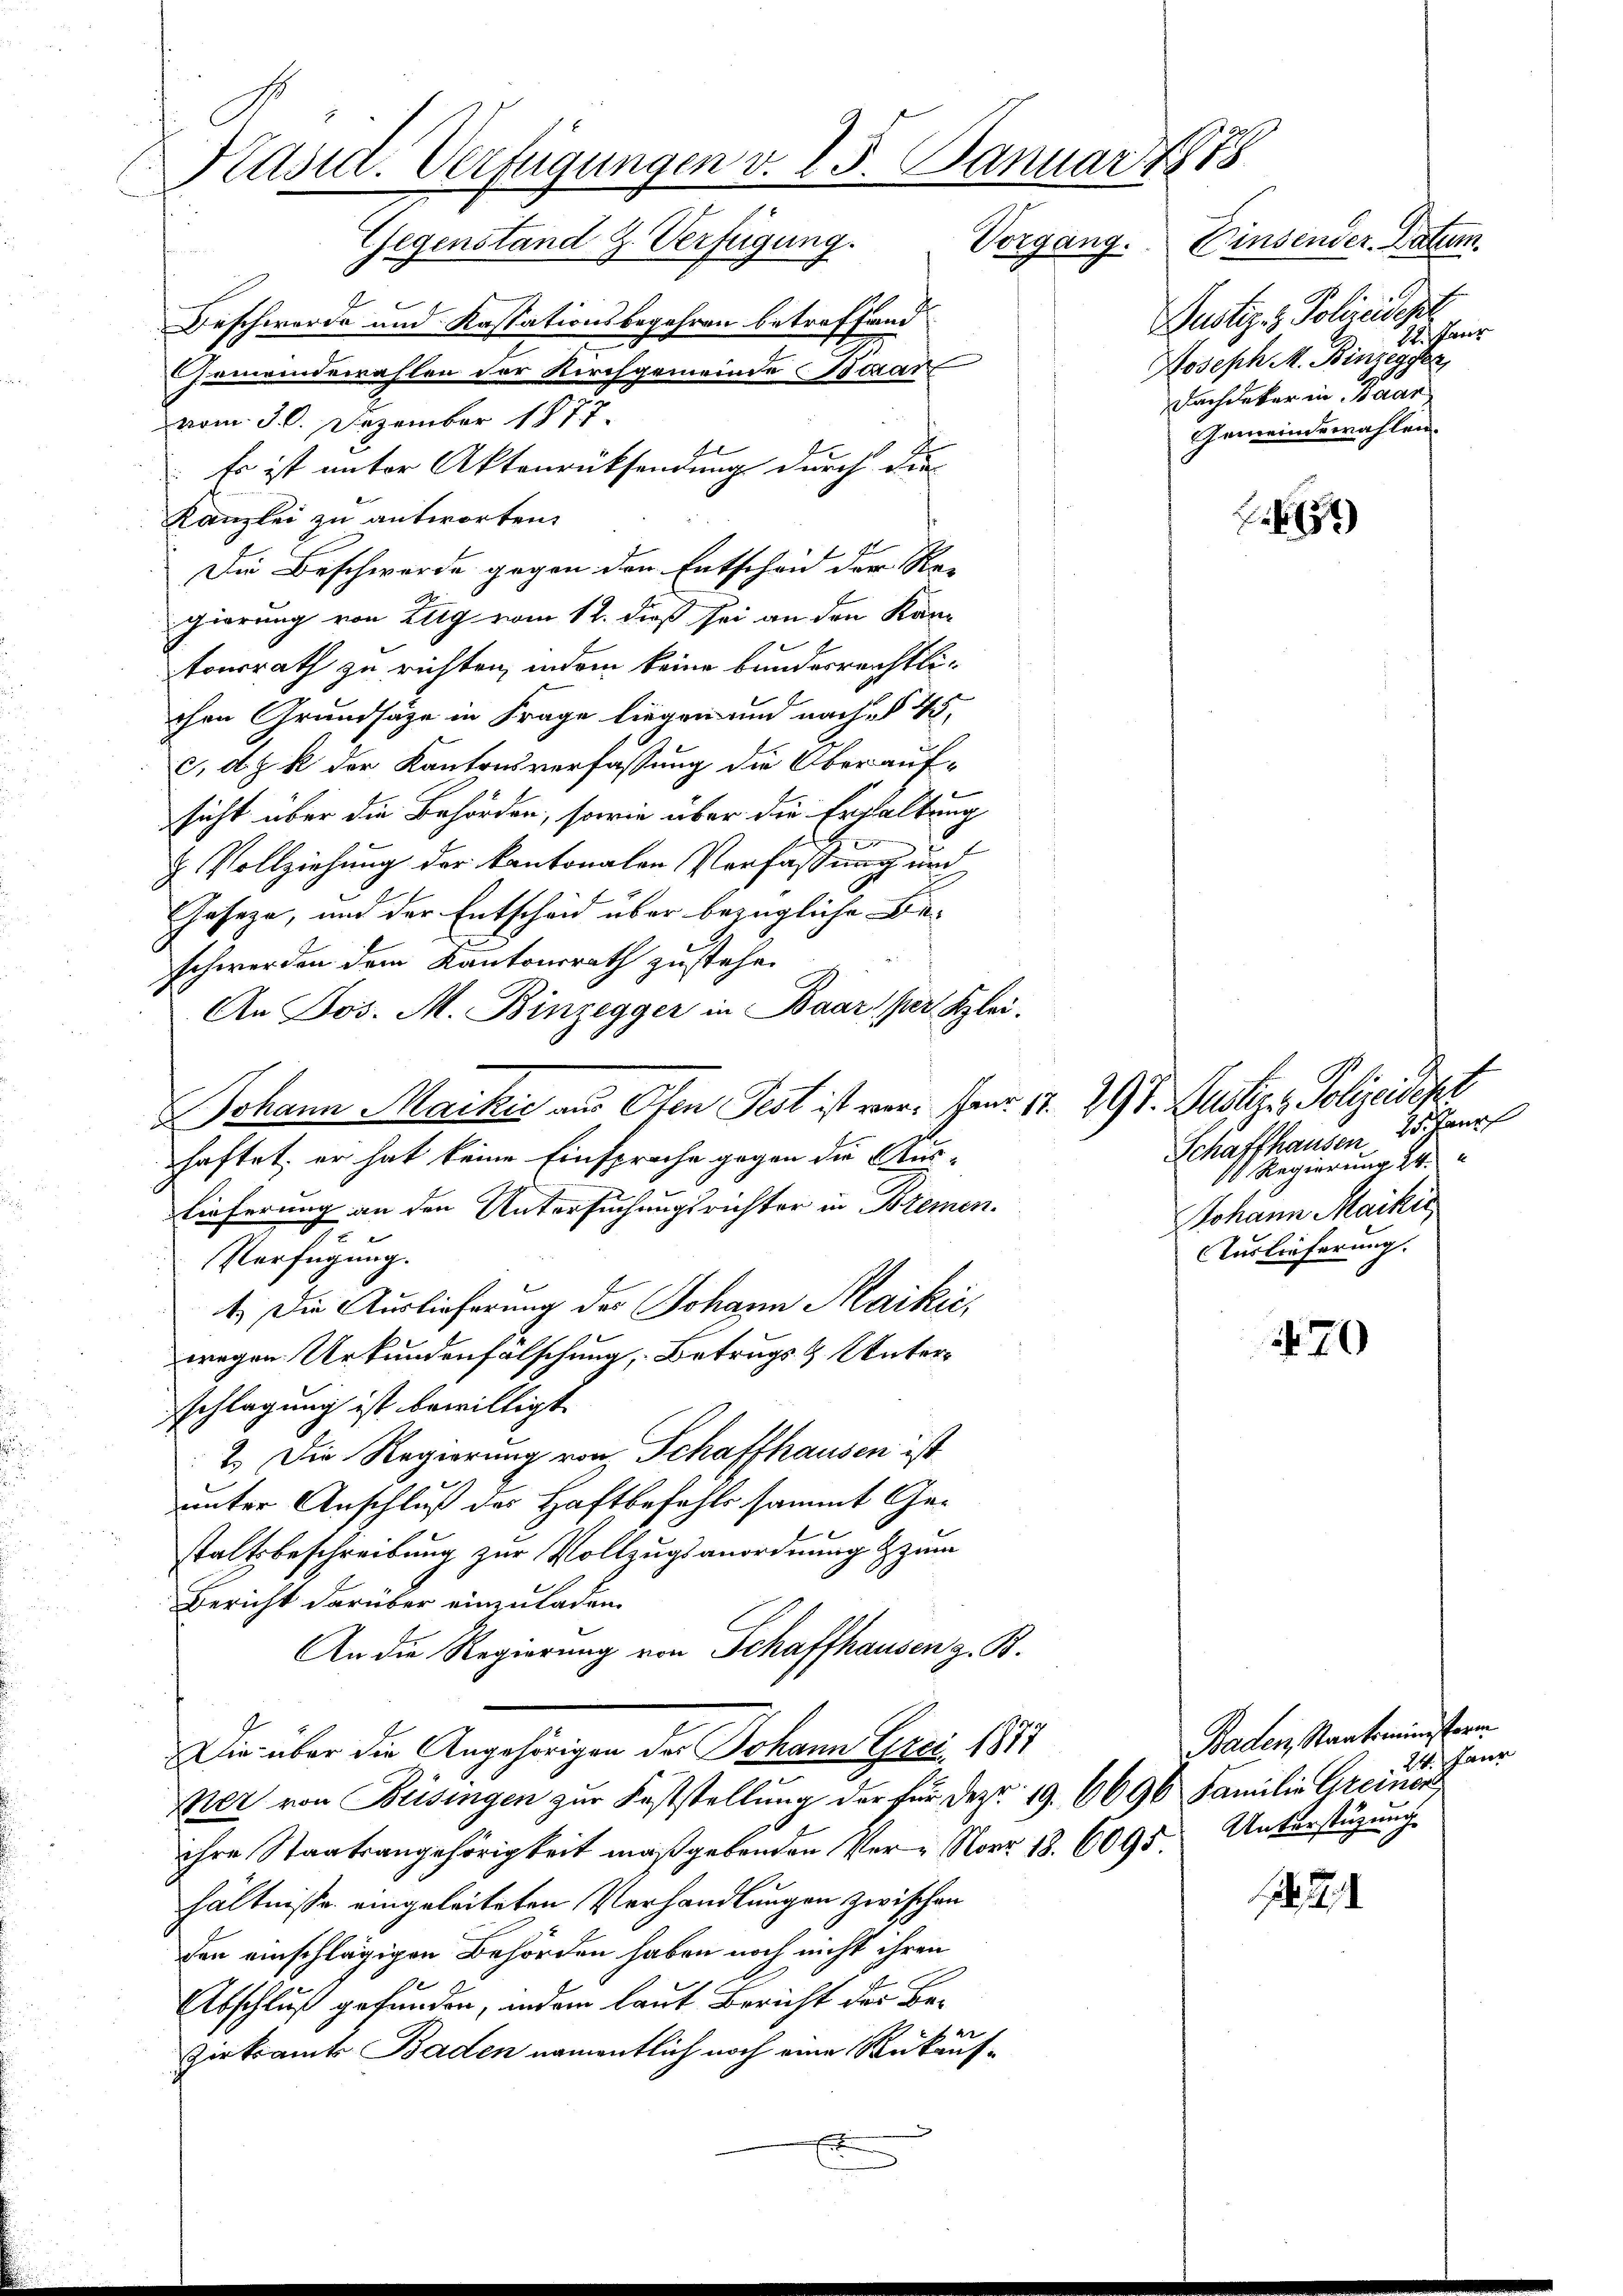
Präsid. Verfügungen v. 25. Januar 1888
Gegenstand Z. Verfügung. Vorgang. Einsender Datum.
Beschwerde und Kassationsbegehren betreffend
Joseph M. Binzegger
Gemeindewahlen der Kirchgemeinde Baar
Dachdeker in Baar
vom 30. Dezember 1877.

Es ist unter Aktenrücksendung durch die
Kanzlei zu antworten.
Die Beschwerde gegen den Entscheid der Regierung von Zug vom 12. dieß sei an den Kantonsrath zu richten, indem keine bundesrechtlichen Grundsätze in Frage liegen und nach § 45,
c dz k der Kantonsverfassung die Oberaufsicht über die Behörden, sowie über die Erhaltung
1

& Vollziehung der kantonalen Verfassung und
Geseze, und der Entscheid über bezügliche Beschwerden dem Kantonsrath zustehe.
An Jos. M. Binzegger in Baar per Klei¬
Johann Markić aus Oten Pest ist war. Janr. 11. 298. Justiz - Polizeideke
haftet, er hat keine Einsprache gegen die Aus-
Lieferung an den Untersuchungsrichter in Bremen
Verfügung.
1. Die Auslieferung des Johann Maikić,
wegen Urkundenfälschung, Betrugs- & Unterschlagung ist bewilligt.
2.) Die Regierung von Schaffhausen ist
unter Anschluß der Haftbefehls sammt Gestaltsbeschreibung zur Vollzugsanordnung zum
Bericht darüber einzuladen.
An die Regierung von Schaffhausen z. B.
Die über die Angehörigen der Johann Gres, 183
Wer von Beisingen zur Feststellung der für Depr. 19. 6696 Familie Greiner
ihre Staatsangehörigkeit maßgebenden Ver- Narr 18. 6095 Unterstüzung
hältnisse eingeleiteten Verhandlungen zwischen
den einschlägigen Behörden haben noch nicht ihren
Abschluß gefunden, indem laut Bericht der Be-
de keine
Zirksamts Baden namentlich noch eine Rukauf¬

Justiz- & Polizeidet.
22. Paur
Gemeindewahlen.

.65)

Schaffhausen, 25. Janr
 Regierung 24.
Johann Maikir
Auslieferung.

70

Baden, Staatsministern
24. Janr

1